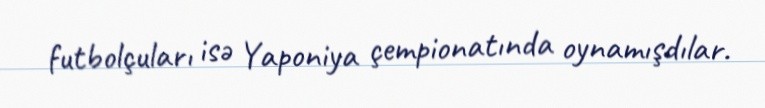
futbolçuları isə Yaponiya çempionatında oynamışdılar.